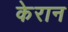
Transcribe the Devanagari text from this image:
केरान